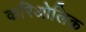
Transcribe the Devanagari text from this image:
करिओलिक